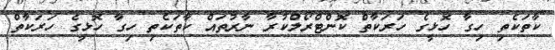
ކާތަކެތި ހިގާ ހޮޅީގެ ހަރަކާތް ކޮންޓްރޯލްކުރާ ނާރުތައް ކާތަކެތި ހިގާ ހޮޅީގެ ހަރަކާތް